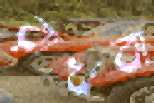
রাখবা